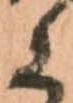
と